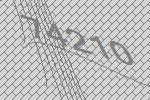
74210